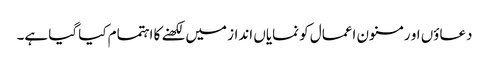
دعاؤں او رمسنون اعمال کو نمایاں انداز میں لکھنے کا اہتمام کیا گیا ہے۔